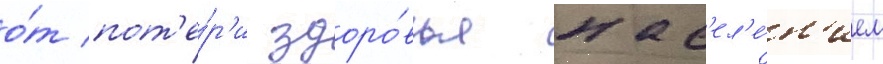
о́т пот'е́р'и здоро́вья нас'ел'е́н'ием